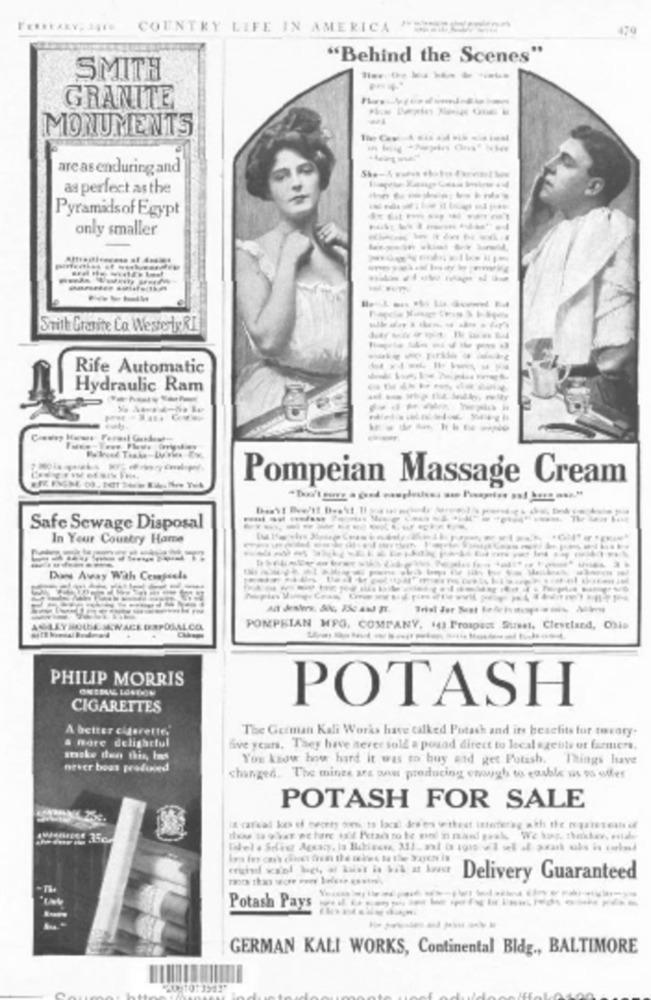
COUNTRY LIFE IN AMERICA "CHEMIN
479
"Behind the Scenes"
SMITH
GRANITE
MONUMENTS
areas enduring and
as perfect as the
Pyramidsof Egypt
only smaller
------
Smith Granite La WesterlyRI
-----*
Rife Automatic
Hydraulic Ram
Pompeian Massage Cream
Safe Sewage Disposal
----.
In Your Country Hame
Dans Avay Wah Cemapeels
ALEYHOLDE JEW ACE DRPOSALCOL
POMPEIAN MPG. COMPANY, 14) Prospect Surest. Cleveland, Ohio
PHILIP MORRIS
POTASH
CIGARETTES
A better cigarette,
The German Kali Works have talked Potash and its benefits for twenty-
a more delightful
five years. They have never soll a pound direct to local szeble ot farmers.
stoke den this, Ins
You know how hard it was to buy and get Potash. Things have
never boas produced
changed. The mince are pow producing enough to easble us pa adler
POTASH FOR SALE
Delivery Guaranteed
Potash Pays
GERMAN KALI WORKS, Continental Bldg ., BALTIMORE